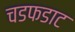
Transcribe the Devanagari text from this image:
चडफडाट